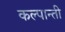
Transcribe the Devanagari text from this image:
कल्पान्ती